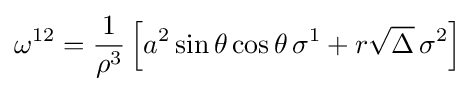
\omega ^{12}={\frac {1}{\rho ^{3}}}\left[a^{2}\sin \theta \cos \theta \,\sigma ^{1}+r{\sqrt {\Delta }}\,\sigma ^{2}\right]